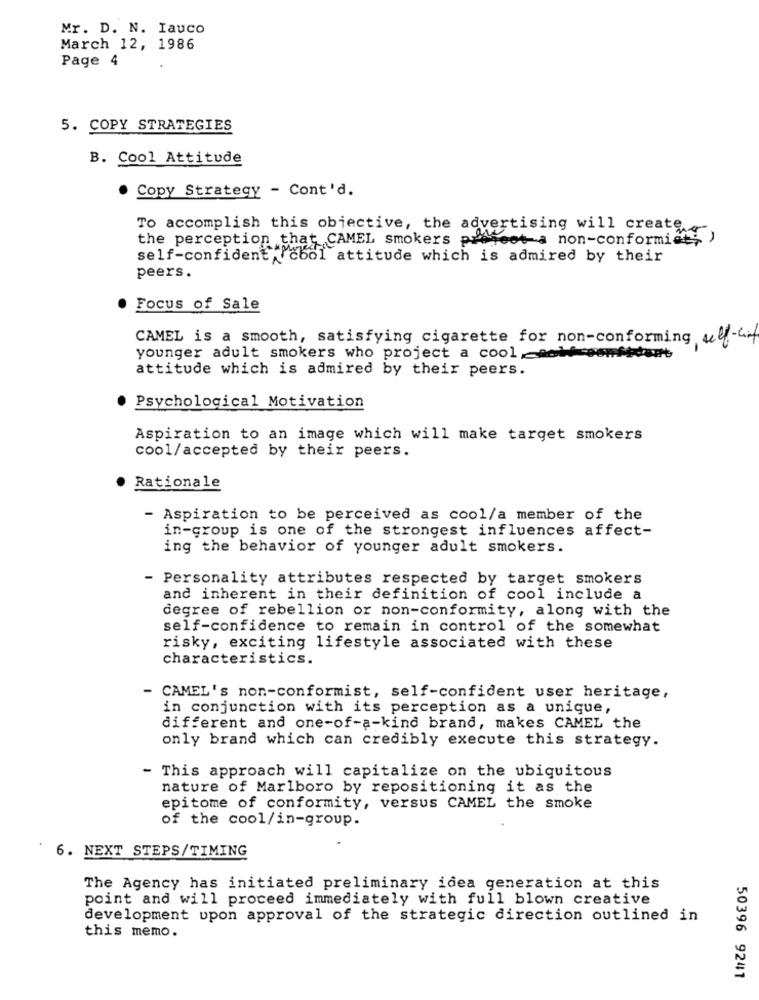
Mr. D. N. Iauco
March 12, 1986
Page 4
5. COPY STRATEGIES
B. Cool Attitude
Copy Strategy - Cont'd.
To accomplish this objective, the advertising will create
the perception that CAMEL smokers profeet a non-conformidt;
self-confident cool attitude which is admired by their
peers.
Focus of Sale
CAMEL is a smooth, satisfying cigarette for non-conforming self-af
younger adult smokers who project a cool,et somfront
attitude which is admired by their peers.
Psychological Motivation
Aspiration to an image which will make target smokers
cool/accepted by their peers.
Rationale
- Aspiration to be perceived as cool/a member of the
in-group is one of the strongest influences affect-
ing the behavior of younger adult smokers.
- Personality attributes respected by target smokers
and inherent in their definition of cool include a
degree of rebellion or non-conformity, along with the
self-confidence to remain in control of the somewhat
risky, exciting lifestyle associated with these
characteristics.
- CAMEL's non-conformist, self-confident user heritage,
in conjunction with its perception as a unique,
different and one-of-a-kind brand, makes CAMEL the
only brand which can credibly execute this strategy.
- This approach will capitalize on the ubiquitous
nature of Marlboro by repositioning it as the
epitome of conformity, versus CAMEL the smoke
of the cool/in-group.
6. NEXT STEPS/TIMING
The Agency has initiated preliminary idea generation at this
point and will proceed immediately with full blown creative
development upon approval of the strategic direction outlined in
this memo.
50396 9241